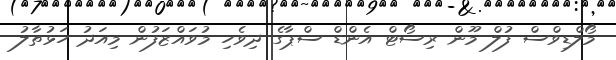
މޯލްޑިވްސް ފުލް މޫން ރިސޯޓް އެންޑް ސްޕާގެ ދިވެހި މުވައްޒަފުން މިއަދު ހަޅުތާލު